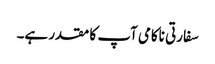
سفارتی ناکامی آپ کا مقدر ہے۔